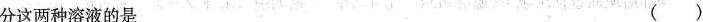
分这两种溶液的是 ( )